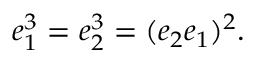
e _ { 1 } ^ { 3 } = e _ { 2 } ^ { 3 } = ( e _ { 2 } e _ { 1 } ) ^ { 2 } .